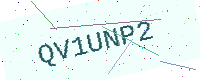
Text: QV1UNP2